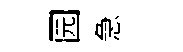
园急